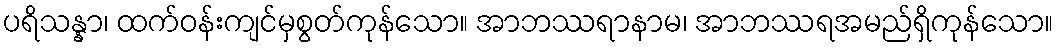
ပရိသန္နာ၊ ထက်ဝန်းကျင်မှစွတ်ကုန်သော။ အာဘဿရာနာမ၊ အာဘဿရအမည်ရှိကုန်သော။